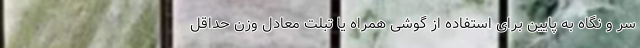
سر و نگاه به پایین برای استفاده از گوشی همراه یا تبلت معادل وزن حداقل